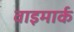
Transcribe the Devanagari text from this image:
वाइमार्क